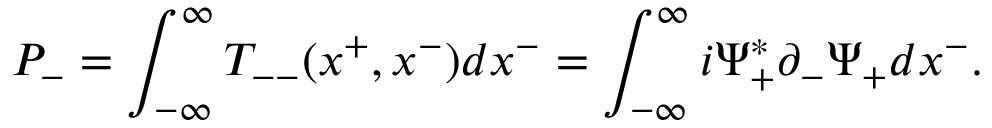
P _ { - } = \int _ { - { \infty } } ^ { \infty } T _ { -- } ( x ^ { + } , x ^ { - } ) d x ^ { - } = \int _ { - { \infty } } ^ { \infty } i { \Psi } _ { + } ^ { \ast } { \partial } _ { - } { \Psi } _ { + } d x ^ { - } .